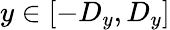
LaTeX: y\in[-D_{y},D_{y}]